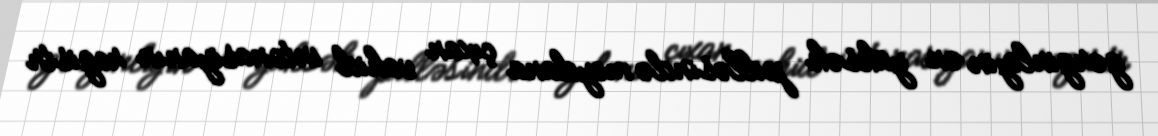
gərginliyin ən yüksək pilləsində meydana çıxan vahid intonasiyanın registr